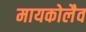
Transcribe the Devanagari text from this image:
मायकोलैव